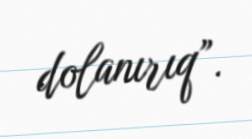
dolanırıq”.